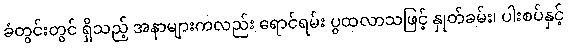
ခံတွင်းတွင် ရှိသည့် အနာများကလည်း ရောင်ရမ်း ပွထလာသဖြင့် နှုတ်ခမ်း၊ ပါးစပ်နှင့်